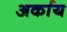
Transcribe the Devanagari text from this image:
अर्काय